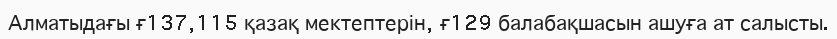
Алматыдағы ғ137,115 қазақ мектептерін, ғ129 балабақшасын ашуға ат салысты.